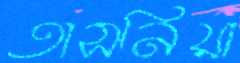
তাসনিয়া